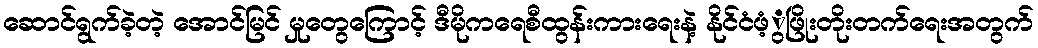
ဆောင်ရွက်ခဲ့တဲ့ အောင်မြင် မှုတွေကြောင့် ဒီမိုကရေစီထွန်းကားရေးနဲ့ နိုင်ငံဖံ့ွဖြိုးတိုးတက်ရေးအတွက်